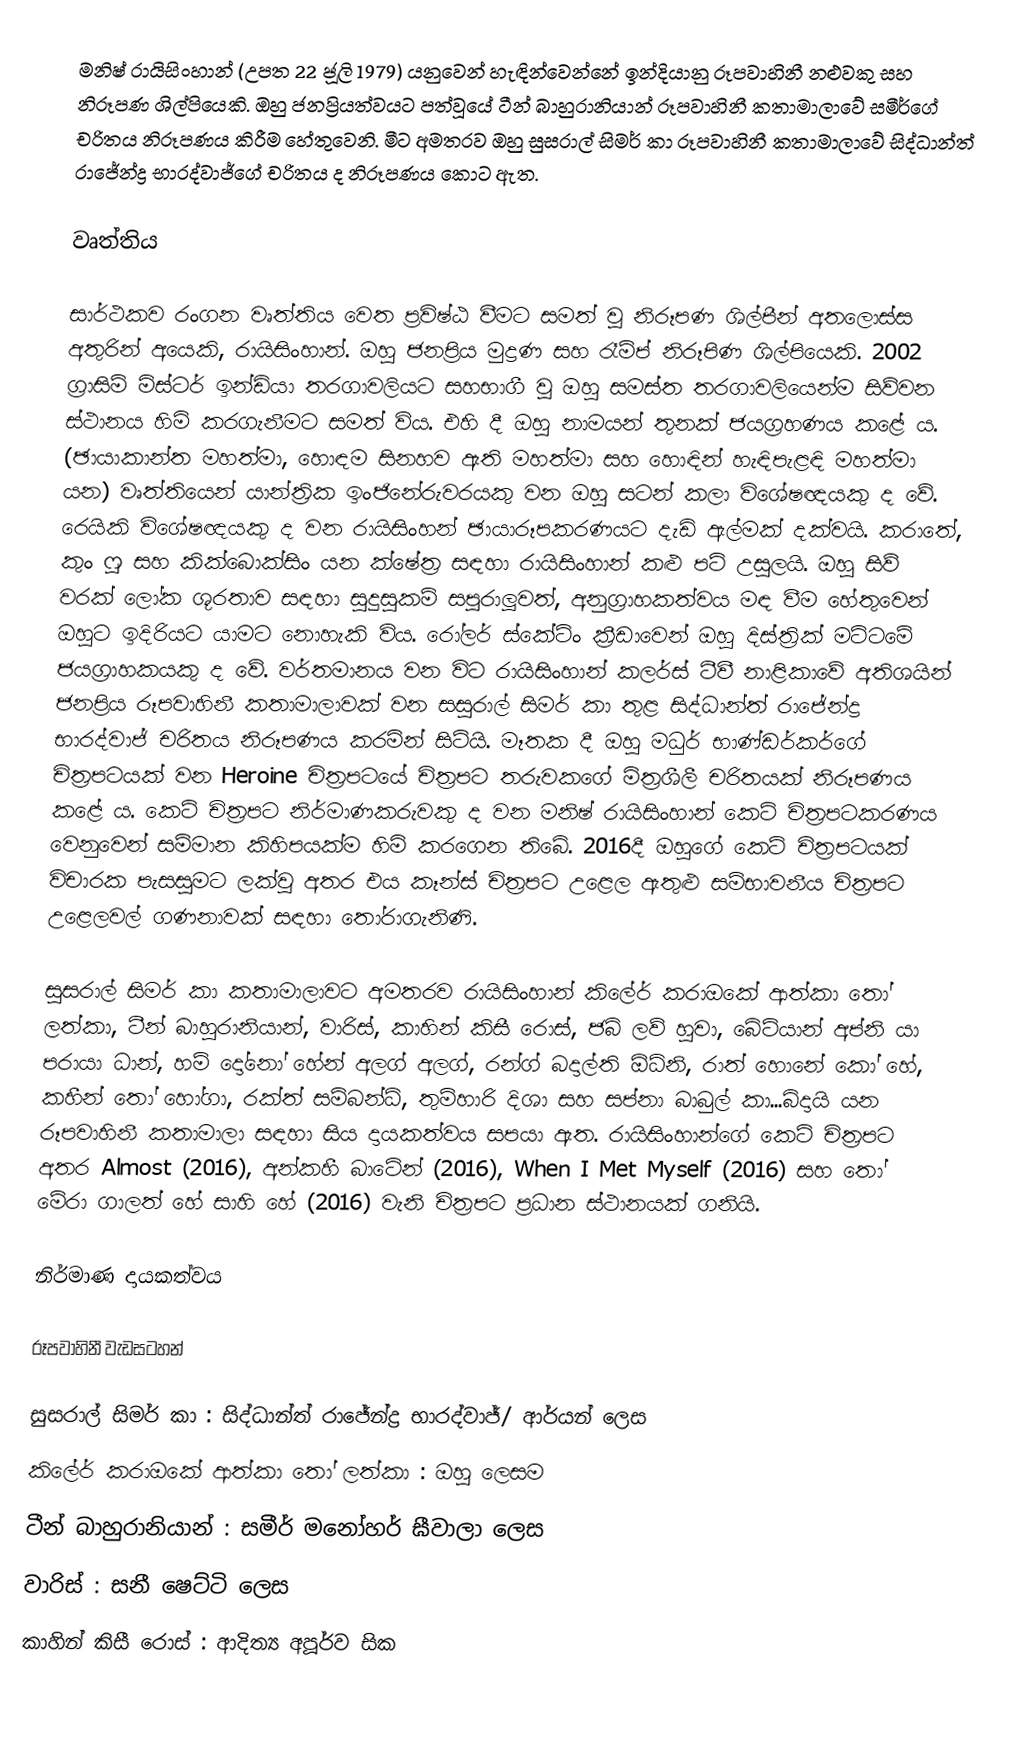
මනිෂ් රායිසිංහාන් (උපත 22 ජූලි 1979) යනුවෙන් හැඳින්වෙන්නේ ඉන්දියානු රූපවාහිනී නළුවකු සහ නිරූපණ ශිල්පියෙකි. ඔහු ජනප්‍රියත්වයට පත්වූයේ ටීන් බාහුරානියාන් රූපවාහිනී කතාමාලාවේ සමීර්ගේ චරිතය නිරූපණය කිරීම හේතුවෙනි. මීට අමතරව ඔහු සුසරාල් සිමර් කා රූපවාහිනී කතාමාලාවේ සිද්ධාන්ත් රාජේන්ද්‍ර භාරද්වාජ්ගේ චරිතය ද නිරූපණය කොට ඇත.

වෘත්තිය

සාර්ථකව රංගන වෘත්තිය වෙත ප්‍රවිෂ්ඨ වීමට සමත් වූ නිරූපණ ශිල්පීන් අතලොස්ස අතුරින් අයෙකි, රායිසිංහාන්‍. ඔහු ජනප්‍රිය මුද්‍රණ සහ රෑම්ප් නිරූපිණ ශිල්පියෙකි. 2002 ග්‍රාසිම් මිස්ටර් ඉන්ඩියා තරගාවලියට සහභාගී වූ ඔහු සමස්ත තරගාවලියෙන්ම සිව්වන ස්ථානය හිමි කරගැනීමට සමත් විය. එහි දී ඔහු නාමයන් තුනක් ජයග්‍රහණය කළේ ය. (ඡායාකාන්ත මහත්මා, හොඳම සිනහව ඇති මහත්මා සහ හොඳින් හැඳිපැළඳි මහත්මා යන) වෘත්තියෙන් යාන්ත්‍රික ඉංජිනේරුවරයකු වන ඔහු සටන් කලා විශේෂඥයකු ද වේ. රෙයිකි විශේෂඥයකු ද වන රායිසිංහන් ඡායාරූපකරණයට දැඩි ඇල්මක් දක්වයි. කරාතේ, කුං ෆු සහ කික්බොක්සිං යන ක්ෂේත්‍ර සඳහා රායිසිංහාන් කළු පටි උසුලයි. ඔහු සිව් වරක් ලෝක ශූරතාව සඳහා සුදුසුකම් සපුරාලූවත්, අනුග්‍රාහකත්වය මඳ වීම හේතුවෙන් ඔහුට ඉදිරියට යාමට නොහැකි විය. රෝලර් ස්කේටිං ක්‍රීඩාවෙන් ඔහු දිස්ත්‍රික් මට්ටමේ ජයග්‍රාහකයකු ද වේ. වර්තමානය වන විට රායිසිංහාන් කලර්ස් ටීවී නාළිකාවේ අතිශයින් ජනප්‍රිය රූපවාහිනී කතාමාලාවක් වන සසුරාල් සිමර් කා තුළ සිද්ධාන්ත් රාජේන්ද්‍ර භාරද්වාජ් චරිතය නිරූපණය කරමින් සිටියි. මෑතක දී ඔහු මධුර් භාණ්ඩර්කර්ගේ චිත්‍රපටයක් වන Heroine චිත්‍රපටයේ චිත්‍රපට තරුවකගේ මිත්‍රශීලී චරිතයක් නිරූපණය කළේ ය. කෙටි චිත්‍රපට නිර්මාණකරුවකු ද වන මනිෂ් රායිසිංහාන් කෙටි චිත්‍රපටකරණය වෙනුවෙන් සම්මාන කිහිපයක්ම හිමි කරගෙන තිබේ. 2016දී ඔහුගේ කෙටි චිත්‍රපටයක් විචාරක පැසසුමට ලක්වූ අතර එය කෑන්ස් චිත්‍රපට උළෙල ඇතුළු සම්භාවනීය චිත්‍රපට උළෙලවල් ගණනාවක් සඳහා තෝරාගැනිණි.

සුසරාල් සිමර් කා කතාමාලාවට අමතරව රායිසිංහාන් කිලේර් කරාඔකේ ආත්කා තෝ ලත්කා, ටීන් බාහුරානියාන්, වාරිස්, කාහින් කිසී රොස්, ජබ් ලව් හුවා, බේටියාන් අප්නි යා පරායා ධාන්, හම් දෝනෝ හේන් අලග් අලග්, රන්ග් බදාල්ති ඕධ්නි, රාත් හොනේ කෝ හේ, කහීන් තෝ හෝගා, රක්ත් සම්බන්ධ්, තුම්හාරි දිශා සහ සප්නා බාබුල් කා...බිදායි යන රූපවාහිනී කතාමාලා සඳහා සිය දායකත්වය සපයා ඇත. රායිසිංහාන්ගේ කෙටි චිත්‍රපට අතර Almost (2016), අන්කහී බාටේන් (2016), When I Met Myself (2016) සහ තෝ මේරා ගාලත් හේ සාහි හේ (2016) වැනි චිත්‍රපට ප්‍රධාන ස්ථානයක් ගනියි.

නිර්මාණ දායකත්වය

රූපවාහිනී වැඩසටහන්

 සුසරාල් සිමර් කා : සිද්ධාන්ත් රාජේන්ද්‍ර භාරද්වාජ්/ ආර්යන් ලෙස
 කිලේර් කරාඔකේ ආත්කා තෝ ලත්කා : ඔහු ලෙසම
 ටීන් බාහුරානියාන් : සමීර් මනෝහර් ඝීවාලා ලෙස
 වාරිස් : සනී ෂෙට්ටි ලෙස
 කාහින් කිසී රොස් : ආදිත්‍ය අපූර්ව සික